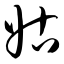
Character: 姑